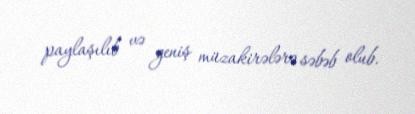
paylaşılıb və geniş müzakirələrə səbəb olub.